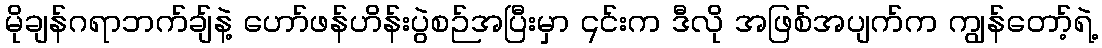
မိုချန်ဂရာဘက်ချ်နဲ့ ဟော်ဖန်ဟိန်းပွဲစဉ်အပြီးမှာ ၎င်းက ဒီလို အဖြစ်အပျက်က ကျွန်တော့်ရဲ့